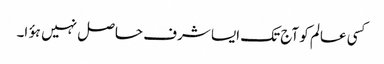
کسی عالم کو آج تک ایسا شرف حاصل نہیں ہؤا۔